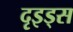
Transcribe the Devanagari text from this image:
दृइड्स